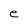
Character: e